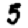
Digit: 5